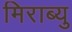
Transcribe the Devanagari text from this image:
मिराब्यु